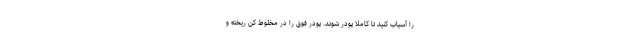
را آسیاب کنید تا کاملا پودر شوند. پودر فوق را در مخلوط کن ریخته و